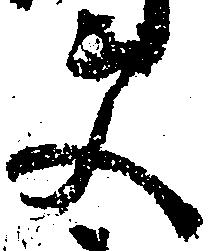
更